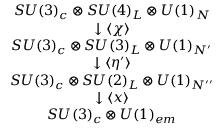
\begin{array} { c } { { S U ( 3 ) _ { c } \otimes S U ( 4 ) _ { L } \otimes U ( 1 ) _ { N } } } \\ { { \downarrow \langle \chi \rangle } } \\ { { S U ( 3 ) _ { c } \otimes S U ( 3 ) _ { L } \otimes U ( 1 ) _ { N ^ { \prime } } } } \\ { { \downarrow \langle \eta ^ { \prime } \rangle } } \\ { { S U ( 3 ) _ { c } \otimes S U ( 2 ) _ { L } \otimes U ( 1 ) _ { N ^ { \prime \prime } } } } \\ { { \downarrow \langle x \rangle } } \\ { { S U ( 3 ) _ { c } \otimes U ( 1 ) _ { e m } } } \end{array}